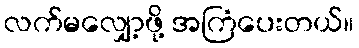
လက်မလျှော့ဖို့ အကြံပေးတယ်။